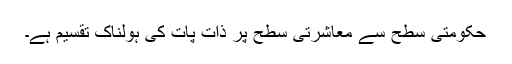
حکومتی سطح سے معاشرتی سطح پر ذات پات کی ہولناک تقسیم ہے۔